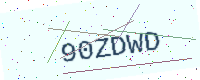
Text: 90ZDWD